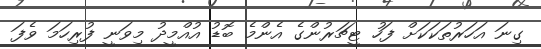
ގިނަ އަހަރުތަކަކަށް ފަހު ޓީޗަރުންގެ އެންމެ ބޮޑު އުއްމީދު މިވަނީ ފުރިހަމަ ވެފަ